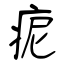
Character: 痆